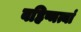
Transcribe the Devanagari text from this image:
बहिष्मत्यां